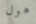
هول